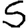
Digit: 5